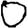
Digit: 0